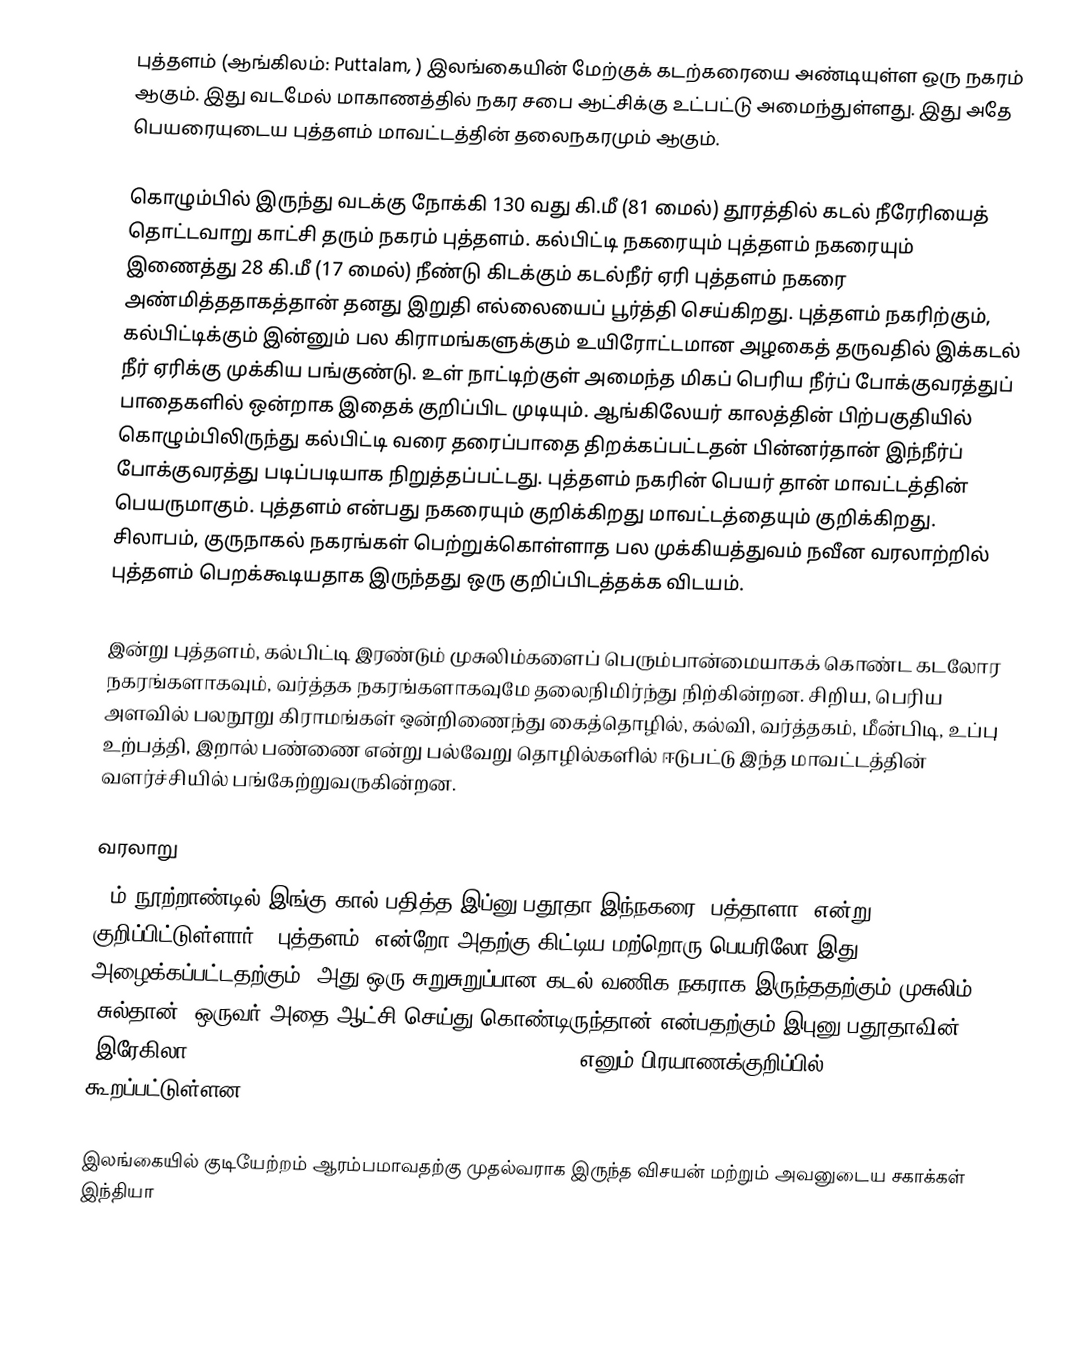
புத்தளம் (ஆங்கிலம்: Puttalam, ) இலங்கையின் மேற்குக் கடற்கரையை அண்டியுள்ள ஒரு நகரம் ஆகும். இது வடமேல் மாகாணத்தில் நகர சபை ஆட்சிக்கு உட்பட்டு அமைந்துள்ளது. இது அதே பெயரையுடைய புத்தளம் மாவட்டத்தின் தலைநகரமும் ஆகும்.

கொழும்பில் இருந்து வடக்கு நோக்கி 130 வது கி.மீ (81 மைல்) தூரத்தில் கடல் நீரேரியைத் தொட்டவாறு காட்சி தரும்  நகரம் புத்தளம். கல்பிட்டி நகரையும் புத்தளம் நகரையும் இணைத்து 28 கி.மீ (17 மைல்) நீண்டு கிடக்கும் கடல்நீர் ஏரி புத்தளம் நகரை அண்மித்ததாகத்தான் தனது இறுதி எல்லையைப் பூர்த்தி செய்கிறது. புத்தளம் நகரிற்கும், கல்பிட்டிக்கும் இன்னும் பல கிராமங்களுக்கும் உயிரோட்டமான அழகைத் தருவதில் இக்கடல் நீர் ஏரிக்கு முக்கிய பங்குண்டு. உள் நாட்டிற்குள் அமைந்த மிகப் பெரிய நீர்ப் போக்குவரத்துப் பாதைகளில் ஒன்றாக இதைக் குறிப்பிட முடியும். ஆங்கிலேயர் காலத்தின் பிற்பகுதியில் கொழும்பிலிருந்து கல்பிட்டி வரை தரைப்பாதை திறக்கப்பட்டதன் பின்னர்தான் இந்நீர்ப் போக்குவரத்து படிப்படியாக நிறுத்தப்பட்டது. புத்தளம் நகரின் பெயர் தான் மாவட்டத்தின் பெயருமாகும். புத்தளம் என்பது நகரையும் குறிக்கிறது மாவட்டத்தையும் குறிக்கிறது. சிலாபம், குருநாகல் நகரங்கள் பெற்றுக்கொள்ளாத பல முக்கியத்துவம் நவீன வரலாற்றில் புத்தளம் பெறக்கூடியதாக இருந்தது ஒரு குறிப்பிடத்தக்க விடயம்.

இன்று புத்தளம், கல்பிட்டி இரண்டும் முசுலிம்களைப் பெரும்பான்மையாகக் கொண்ட கடலோர நகரங்களாகவும், வர்த்தக நகரங்களாகவுமே தலைநிமிர்ந்து நிற்கின்றன. சிறிய, பெரிய அளவில் பலநூறு கிராமங்கள் ஒன்றிணைந்து கைத்தொழில், கல்வி, வர்த்தகம், மீன்பிடி, உப்பு உற்பத்தி, இறால் பண்ணை என்று பல்வேறு தொழில்களில் ஈடுபட்டு இந்த மாவட்டத்தின் வளர்ச்சியில் பங்கேற்றுவருகின்றன.

வரலாறு
14ம் நூற்றாண்டில் இங்கு கால் பதித்த இப்னு பதூதா இந்நகரை "பத்தாளா” என்று குறிப்பிட்டுள்ளார். ‘புத்தளம்’ என்றோ அதற்கு கிட்டிய மற்றொரு பெயரிலோ இது அழைக்கப்பட்டதற்கும், அது ஒரு சுறுசுறுப்பான கடல் வணிக நகராக இருந்ததற்கும் முசுலிம் ‘சுல்தான்’ ஒருவர் அதை ஆட்சி செய்து கொண்டிருந்தான் என்பதற்கும் இபுனு பதூதாவின் ‘இரேகிலா’ (تحفة النظار في غرائب الأمصار وعجائب الأسفار) எனும் பிரயாணக்குறிப்பில் கூறப்பட்டுள்ளன.

இலங்கையில் குடியேற்றம் ஆரம்பமாவதற்கு முதல்வராக இருந்த விசயன் மற்றும் அவனுடைய சகாக்கள் இந்தியா